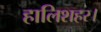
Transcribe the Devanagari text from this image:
हालिशहर।